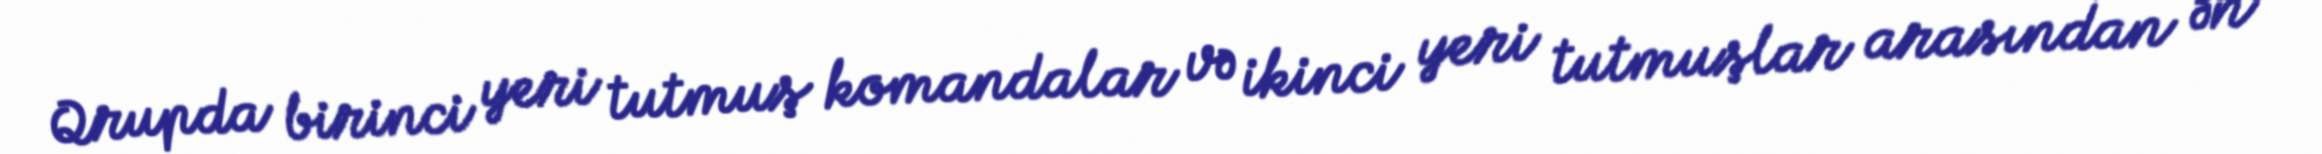
Qrupda birinci yeri tutmuş komandalar və ikinci yeri tutmuşlar arasından ən